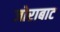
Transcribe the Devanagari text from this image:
जोराबाट